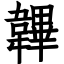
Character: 韠